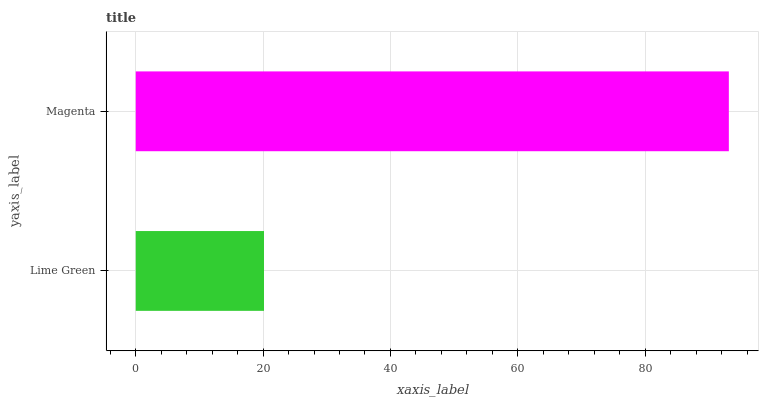
| yaxis_label | bars |
 | --- | --- |
 | Lime Green | 20.1 |
 | Magenta | 93.1 |